Scottish Certificate of Education, 1963
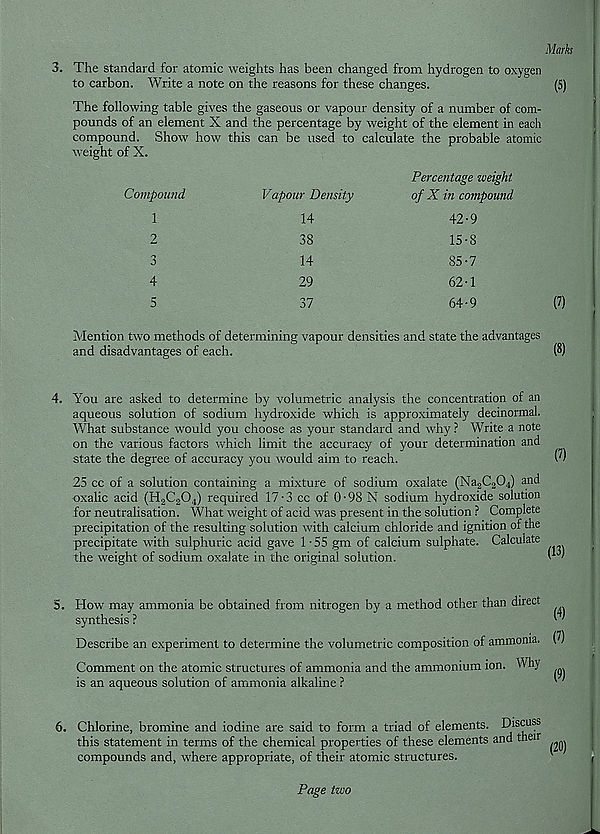
Marks
3. The standard for atomic weights has been changed from hydrogen to oxygen
to carbon. Write a note on the reasons for these changes.
(5)
The following table gives the gaseous or vapour density of a number of com-
pounds of an element X and the percentage by weight of the element in each
compound. Show how this can be used to calculate the probable atomic
weight of X.
Compound
Vapour Density
Percentage weight
of X in compound
1
2
o
4
5
14
38
14
29
37
42-9
15-8
85-7
62-1
64-9
(?)
Mention tw 7 o methods of determining vapour densities and state the advantages
and disadvantages of each.
(8)
4. You are asked to determine by volumetric analysis the concentration of an
aqueous solution of sodium hydroxide which is approximately decinormal.
What substance rvould you choose as your standard and why ? Write a note
on the various factors which limit the accuracy of your determination and
state the degree of accuracy you would aim to reach.
25 cc of a solution containing a mixture of sodium oxalate (Na 2 C 3 0 4 ) and
oxalic acid (H 2 C 2 0 4 ) required 17-3 cc of 0-98 N sodium hydroxide solution
for neutralisation. What weight of acid was present in the solution ? Complete
precipitation of the resulting solution with calcium chloride and ignition of the
precipitate with sulphuric acid gave Y55 gm of calcium sulphate. Calculate
the weight of sodium oxalate in the original solution.
>
5. How r may ammonia be obtained from nitrogen by a method other than direct
synthesis ?
' ’
Describe an experiment to determine the volumetric composition of ammonia. (7)
Comment on the atomic structures of ammonia and the ammonium ion. Why
is an aqueous solution of ammonia alkaline ?
' ^
6. Chlorine, bromine and iodine are said to form a triad of elements. Discuss
this statement in terms of the chemical properties of these elements and their
compounds and, where appropriate, of their atomic structures.
Page two